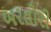
બરતોરી